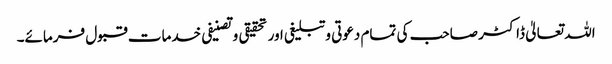
اللہ تعالیٰ ڈاکٹر صاحب کی تمام دعوتی وتبلیغی اور تحقیقی وتصنیفی خدمات قبول فرمائے۔